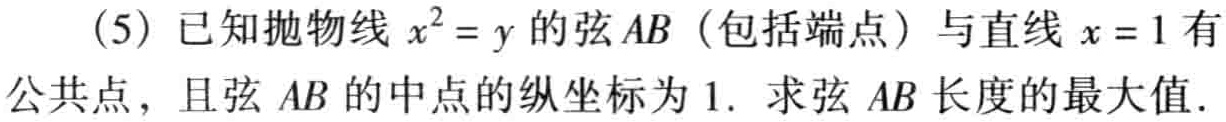
(5) 已知抛物线 \(x^{2}=y\) 的弦 \(AB\)（包括端点）与直线 \(x = 1\) 有公共点，且弦 \(AB\) 的中点的纵坐标为 \(1\). 求弦 \(AB\) 长度的最大值.